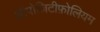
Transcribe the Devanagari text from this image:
ऑपोज़िटीफ़ोलियम